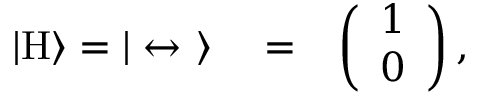
\begin{array} { r l r } { | \mathrm { H } \rangle = | \leftrightarrow \ \rangle } & { { } = } & { \left( \begin{array} { c } { 1 } \\ { 0 } \end{array} \right) , } \end{array}